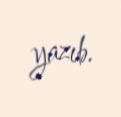
yazıb.